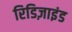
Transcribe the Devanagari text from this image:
रिडिज़ाइंड